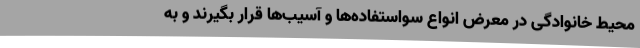
محیط خانوادگی در معرض انواع سواستفاده‌ها و آسیب‌ها قرار بگیرند و به